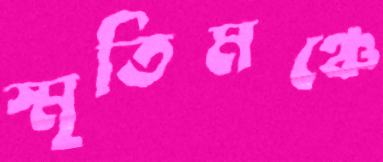
স্মৃতিমঞ্চে